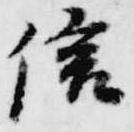
信